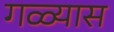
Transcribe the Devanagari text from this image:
गळ्यास